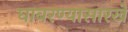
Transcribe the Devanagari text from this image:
घाबरण्यासारखे